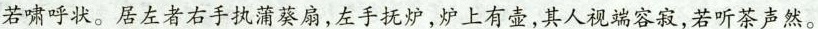
若啸呼状。居左者右手执蒲葵扇，左手抚炉，炉上有壶，其人视端容寂，若听茶声然。